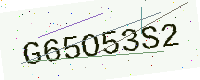
Text: G65O53S2